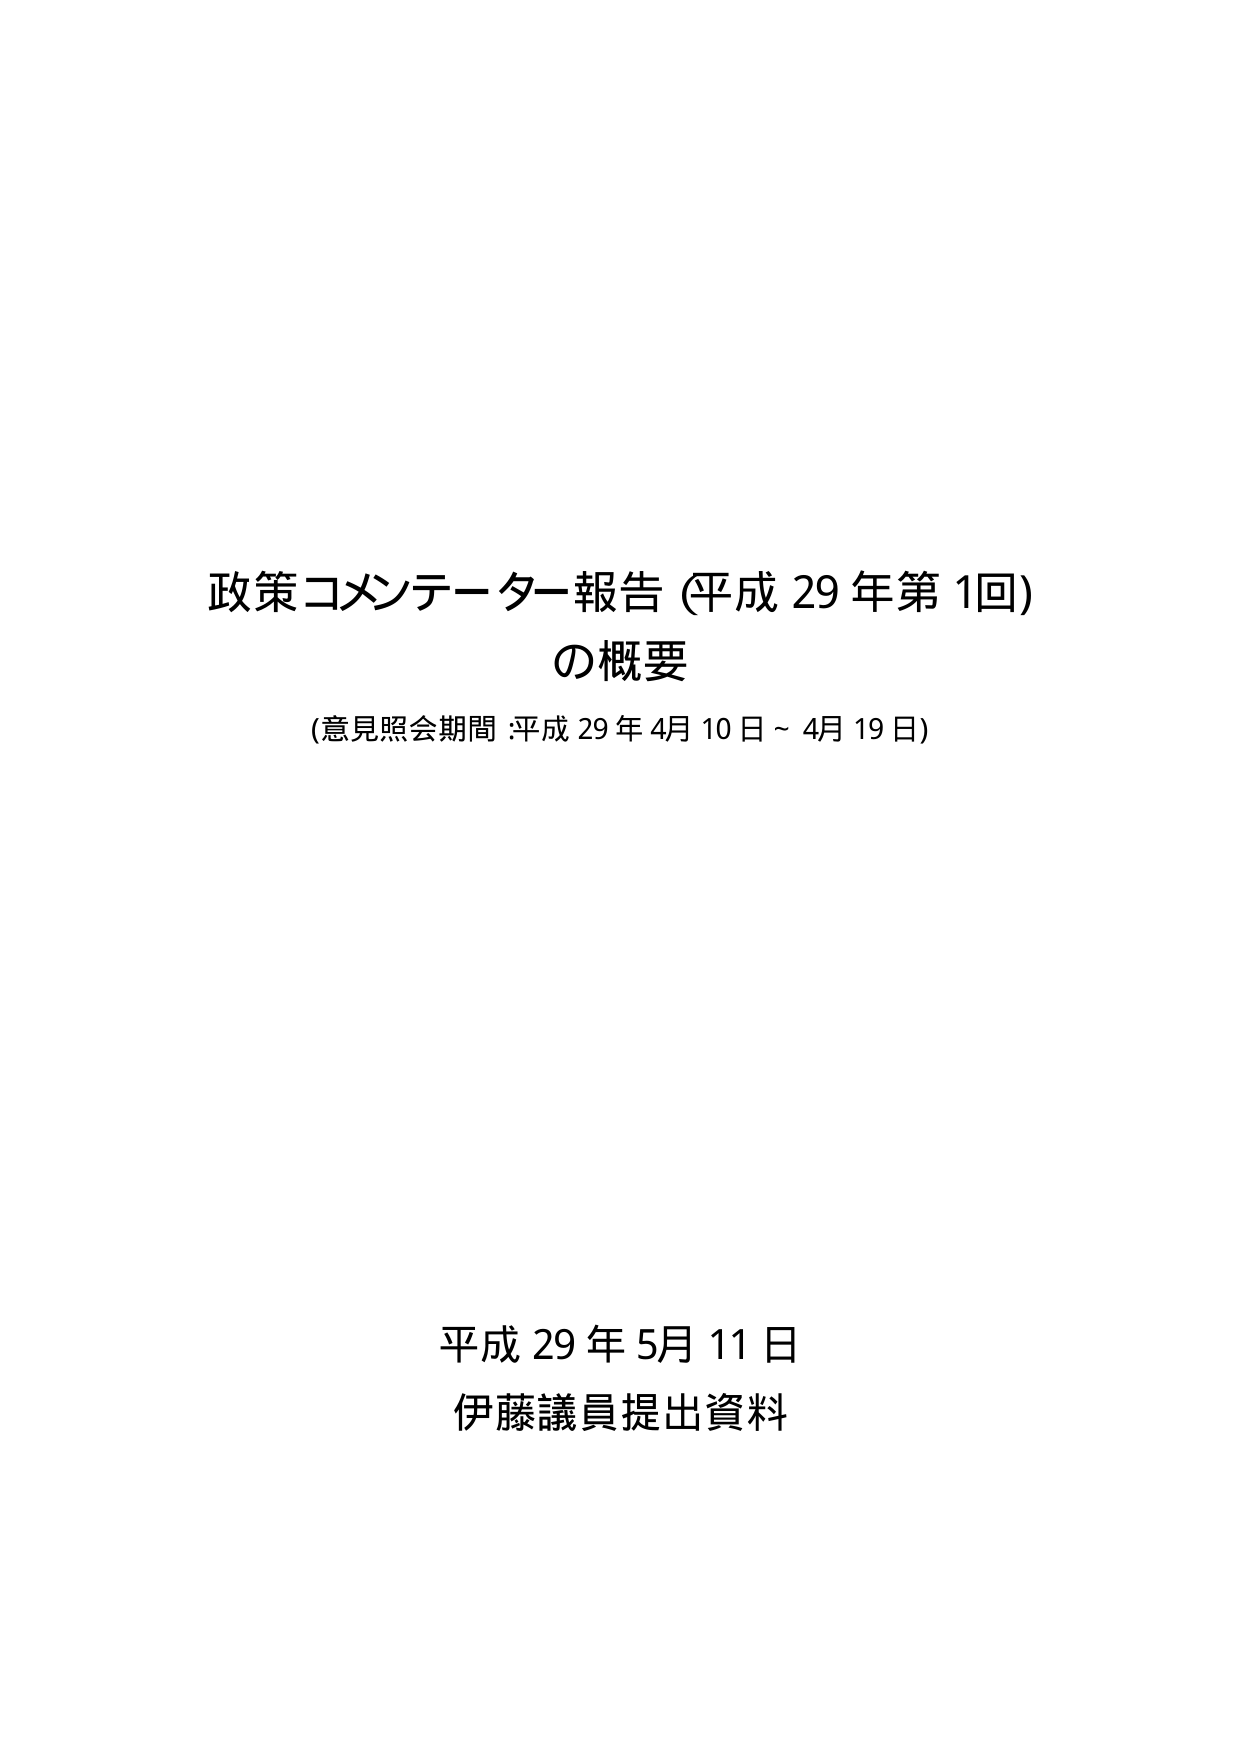
政策コメンテーター報告 (平成 29 年第 1回)
の概要
(意見照会期間 :平成 29 年 4月 10 日～ 4月 19 日)

平成 29 年 5月 11 日
伊藤議員提出資料